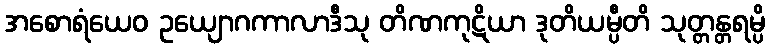
အစောရံယေဝ ဥယျောဂကာလာဒီသု တိဏကုဋိယာ ဒုတိယမ္ပီတိ သုတ္တန္တရမ္ပိ